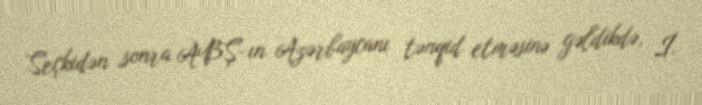
Seçkidən sonra ABŞ-ın Azərbaycanı tənqid etməsinə gəldikdə, İ.